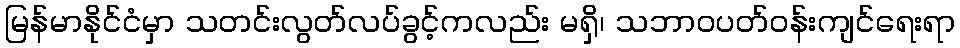
မြန်မာနိုင်ငံမှာ သတင်းလွတ်လပ်ခွင့်ကလည်း မရှိ၊ သဘာဝပတ်ဝန်းကျင်ရေးရာ